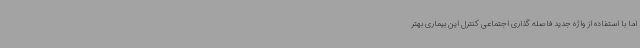
اما با استفاده از واژه جدید فاصله گذاری اجتماعی کنترل این بیماری بهتر